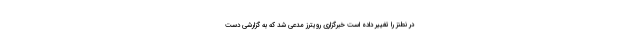
در نطنز را تغییر داده است خبرگزاری رویترز مدعی شد که به گزارشی دست